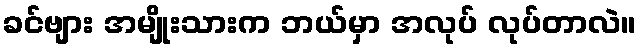
ခင်ဗျား အမျိုးသားက ဘယ်မှာ အလုပ် လုပ်တာလဲ။